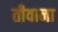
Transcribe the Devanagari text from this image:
तीवाना